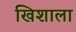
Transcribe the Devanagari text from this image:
खिशाला